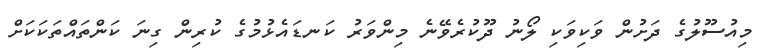
މިއުސޫލުގެ ދަށުން ވަކިވަކި ލޯނު ދޫކުރެވޭނެ މިންވަރު ކަނޑައެޅުމުގެ ކުރިން ގިނަ ކަންތައްތަކަކަށް